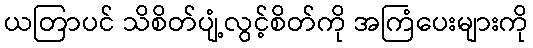
ယတြာပင် သိစိတ်ပျံ့လွင့်စိတ်ကို အကြံပေးများကို